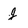
Character: j